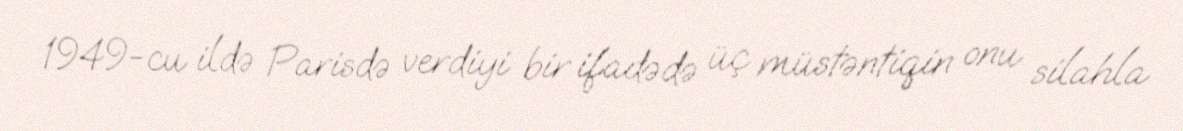
1949-cu ildə Parisdə verdiyi bir ifadədə üç müstəntiqin onu silahla